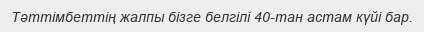
Тәттімбеттің жалпы бізге белгілі 40-тан астам күйі бар.